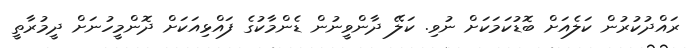
ރައްދުކުރުން ކަލެއަށް ބޮޑުކަމަކަށް ނުވި. ކަލޭ ދާންވީނުން ޑެންމާކުގެ ފައްޅިއަކަށް ދޮންމީހުނަށް ދީމުރާތީ